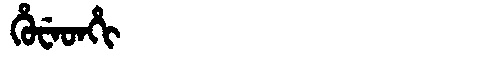
Manchu: ᡥᡠᠸᡝᡨᡥᡳ
Romanization: HUWETHI